Insane asylums in Bengal annual reports 1867-1875 - 1867-1875
Year: 1867
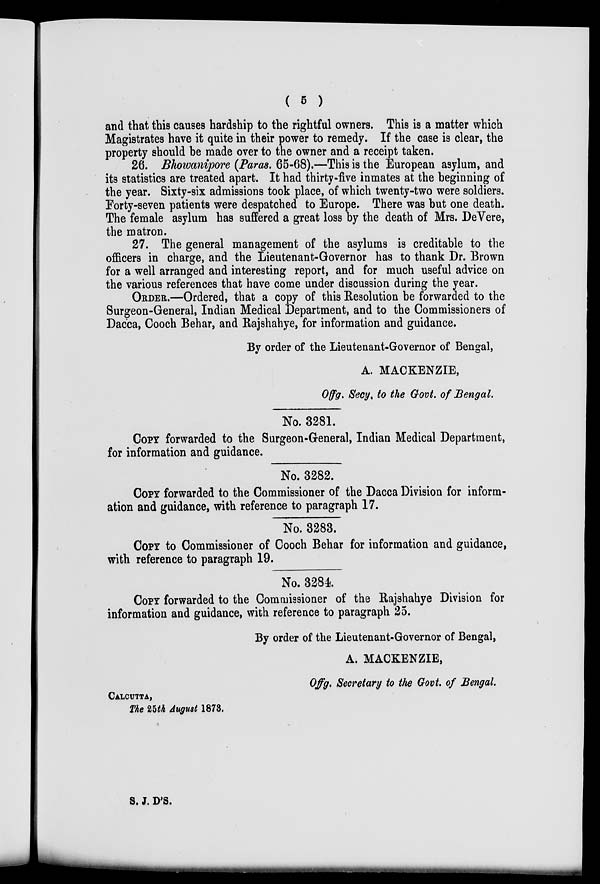
( 5 )
and that this causes hardship to the rightful owners. This is a matter which
Magistrates have it quite in their power to remedy. If the case is clear, the
property should be made over to the owner and a receipt taken.
26. Bhowanipore (Paras. 65-68).—This is the European asylum, and
its statistics are treated apart. It had thirty-five inmates at the beginning of
the year. Sixty-six admissions took place, of which twenty-two were soldiers.
Forty-seven patients were despatched to Europe. There was but one death.
The female asylum has suffered a great loss by the death of Mrs. DeVere,
the matron.
27. The general management of the asylums is creditable to the
officers in charge, and the Lieutenant-Governor has to thank Dr. Brown
for a well arranged and interesting report, and for much useful advice on
the various references that have come under discussion during the year.
ORDER.—Ordered, that a copy of this Resolution be forwarded to the
Surgeon-General, Indian Medical Department, and to the Commissioners of
Dacca, Cooch Behar, and Rajshahye, for information and guidance.
By order of the Lieutenant-Governor of Bengal,
A. MACKENZIE,
Offg. Secy.to the Govt. of Bengal.
No. 3281.
COPY forwarded to the Surgeon-General, Indian Medical Department,
for information and guidance.
No. 3282.
COPY forwarded to the Commissioner of the Dacca Division for inform-
ation and guidance, with reference to paragraph 17.
No. 3283.
COPY to Commissioner of Cooch Behar for information and guidance,
with reference to paragraph 19.
No. 3284
COPY forwarded to the Commissioner of the Rajshahye Division for
information and guidance, with reference to paragraph 25.
By order of the Lieutenant-Governor of Bengal,
A. MACKENZIE,
Offg. Secretary to the Govt. of Bengal.
CALCUTTA,
The 25th August 1873.
S. J. D'S.